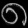
Digit: ၈